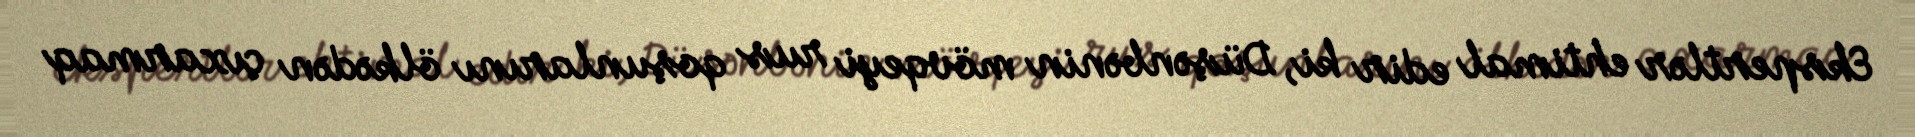
Ekspertlər ehtimal edir ki, Düşənbənin mövqeyi rus qoşunlarını ölkədən çıxarmaq